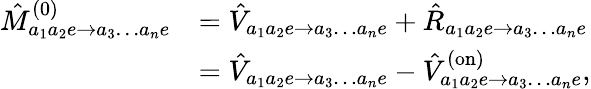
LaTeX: \begin{array}{rl}{\hat{M}_{a_{1}a_{2}e\to a_{3}\dots a_{n}e}^{(0)}}&{=\hat{V}_{a_{1}a_{2}e\to a_{3}\dots a_{n}e}+\hat{R}_{a_{1}a_{2}e\to a_{3}\dots a_{n}e}}\\ &{=\hat{V}_{a_{1}a_{2}e\to a_{3}\dots a_{n}e}-\hat{V}_{a_{1}a_{2}e\to a_{3}\dots a_{n}e}^{(\mathrm{on})},}\end{array}